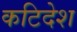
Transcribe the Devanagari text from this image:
कटिदेश